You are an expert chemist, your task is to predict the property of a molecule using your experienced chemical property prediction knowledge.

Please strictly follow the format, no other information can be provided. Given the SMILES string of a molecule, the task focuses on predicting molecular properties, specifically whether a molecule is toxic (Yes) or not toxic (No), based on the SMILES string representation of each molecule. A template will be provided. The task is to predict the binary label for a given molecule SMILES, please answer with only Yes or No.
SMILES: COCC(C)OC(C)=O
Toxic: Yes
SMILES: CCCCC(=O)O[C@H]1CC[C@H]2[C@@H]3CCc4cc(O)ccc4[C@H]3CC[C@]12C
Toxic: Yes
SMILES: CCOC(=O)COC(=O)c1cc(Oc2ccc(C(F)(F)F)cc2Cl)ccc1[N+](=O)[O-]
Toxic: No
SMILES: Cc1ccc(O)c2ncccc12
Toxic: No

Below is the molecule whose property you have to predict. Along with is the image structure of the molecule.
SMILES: CCN(CCCCOC(=O)c1ccc(OC)c(OC)c1)C(C)Cc1ccc(OC)cc1
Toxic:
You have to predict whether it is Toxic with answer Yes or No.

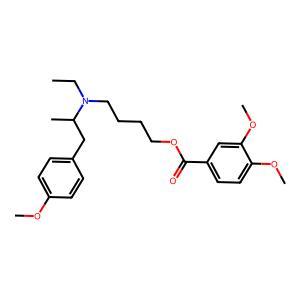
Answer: No